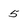
Character: 5